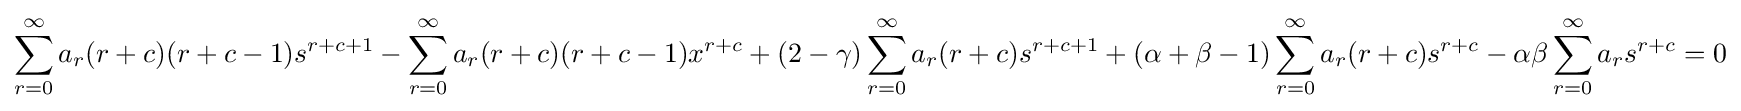
\sum _{r=0}^{\infty }{a_{r}(r+c)(r+c-1)s^{r+c+1}}-\sum _{r=0}^{\infty }{a_{r}(r+c)(r+c-1)x^{r+c}}+(2-\gamma )\sum _{r=0}^{\infty }{a_{r}(r+c)s^{r+c+1}}+(\alpha +\beta -1)\sum _{r=0}^{\infty }{a_{r}(r+c)s^{r+c}}-\alpha \beta \sum _{r=0}^{\infty }{a_{r}s^{r+c}}=0